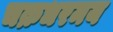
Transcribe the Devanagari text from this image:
चक्रधरमय